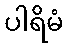
ပါရိမံ